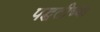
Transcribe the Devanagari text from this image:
पद्घतीच्या